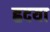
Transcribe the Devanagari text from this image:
ह्रदया